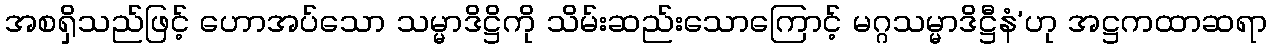
အစရှိသည်ဖြင့် ဟောအပ်သော သမ္မာဒိဋ္ဌိကို သိမ်းဆည်းသောကြောင့် မဂ္ဂသမ္မာဒိဋ္ဌီနံ’ဟု အဋ္ဌကထာဆရာ